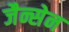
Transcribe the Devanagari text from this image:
जैन्सेन